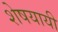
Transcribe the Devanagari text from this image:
शेषयायी